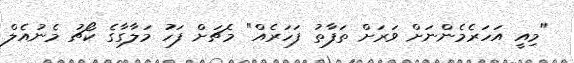
"މިއީ އަހަރެމެންނަށް ވަރަށް ތަފާތު ފަހަރެއް" މެޗަށް ފަހު މަލާގާގެ ކޯޗު މެނުއެލް